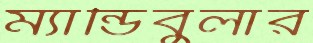
ম্যান্ডিবুলার